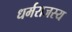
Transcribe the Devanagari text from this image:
धर्मराजस्य